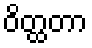
ဝိတ္ထတာ